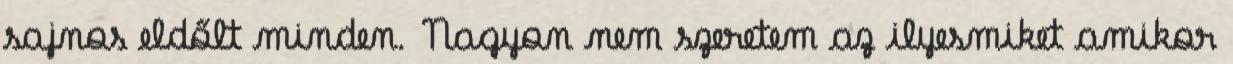
sajnos eldőlt minden. Nagyon nem szeretem az ilyesmiket amikor